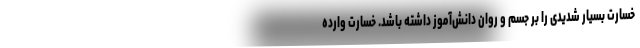
خسارت بسیار شدیدی را بر جسم و روان دانش‌آموز داشته باشد. خسارت وارده